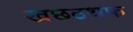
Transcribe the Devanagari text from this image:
खछठथफ